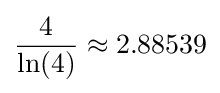
{4 \over \ln(4)}\approx 2.88539